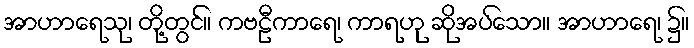
အာဟာရေသု၊ တို့တွင်။ ကဗဠီကာရေ၊ ကာရဟု ဆိုအပ်သော။ အာဟာရေ၊ ၌။